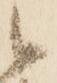
候